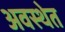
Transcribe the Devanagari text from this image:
अवस्‍थेत